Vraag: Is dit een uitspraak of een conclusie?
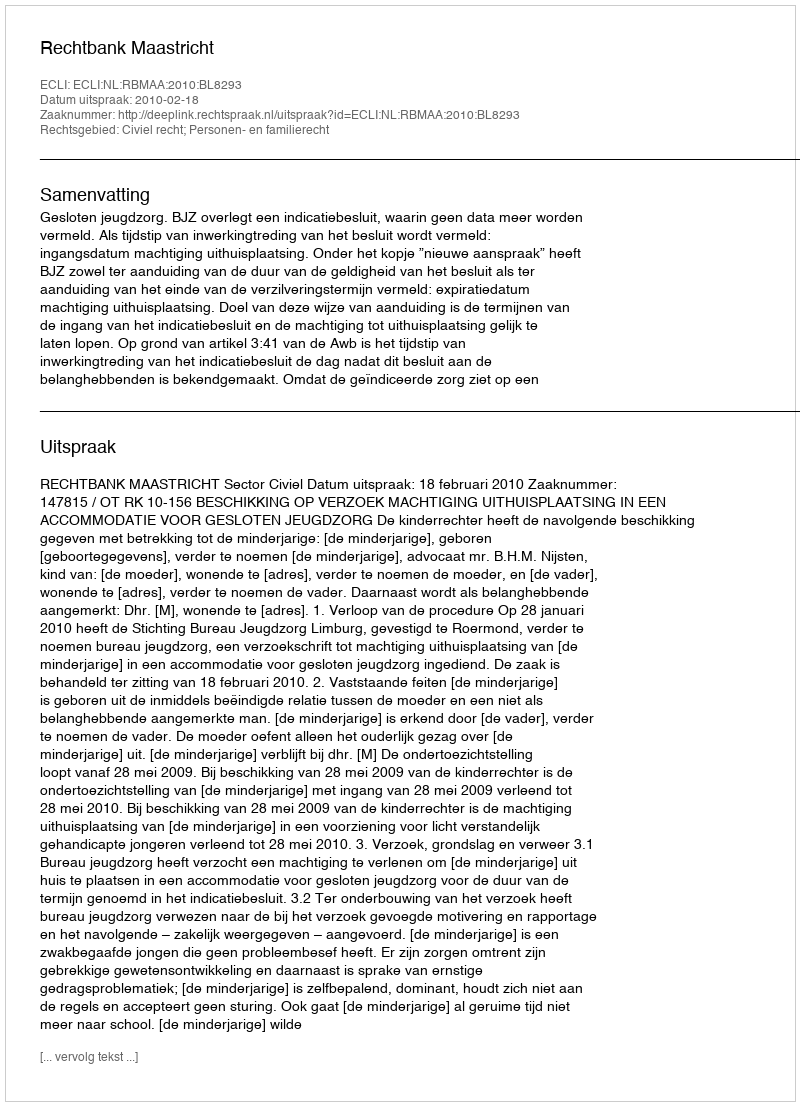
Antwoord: Uitspraak